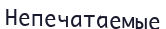
Непечатаемые